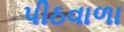
પીઠવાળા